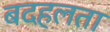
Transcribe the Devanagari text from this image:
बदहलता